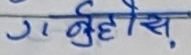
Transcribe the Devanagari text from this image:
गर्नुहोस्‌।